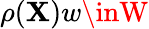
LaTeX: \rho(\mathbf{X})w\inW